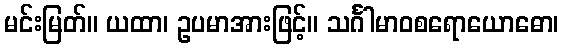
မင်းမြတ်။ ယထာ၊ ဥပမာအားဖြင့်။ သင်္ဂါမာဝစရောယောဓော၊